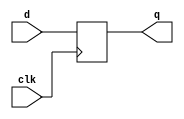
module d_ff(
    input clk, d,
    output reg q);
    always @ (posedge clk)
        q <= d;
endmodule

/* reg always  posedge  Verilog   always 
reg  wire 
 always  reg  
posedge  posedge clkclk 
<= ,= 
=<= 
*/